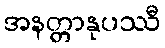
အနတ္တာနုပဿီ